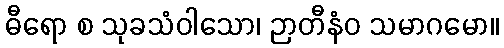
ဓီရော စ သုခသံဝါသော၊ ဉာတီနံဝ သမာဂမော။